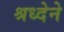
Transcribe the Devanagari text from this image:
श्रध्देने